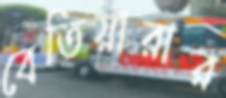
বেতিয়ারার